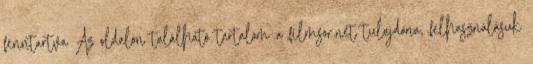
fenntartva Az oldalon található tartalom a filmsor.net tulajdona, felhasználásuk